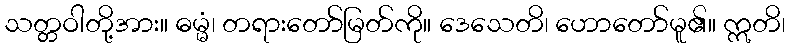
သတ္တဝါတို့အား။ ဓမ္မံ၊ တရားတော်မြတ်ကို။ ဒေသေတိ၊ ဟောတော်မူ၏။ ဣတိ၊